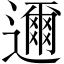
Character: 邇